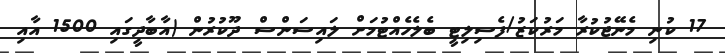
17 ކުނި މެނޭޖުކުރާ މަރުކަޒު/ފެސިލިޓީ ބެލެހެއްޓުމަށް ލައިސަންސް ދޫކުރުން (އާބާދީގައި 1500 އާއި